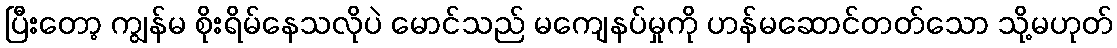
ပြီးတော့ ကျွန်မ စိုးရိမ်နေသလိုပဲ မောင်သည် မကျေနပ်မှုကို ဟန်မဆောင်တတ်သော သို့မဟုတ်